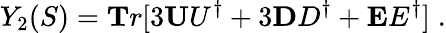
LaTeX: Y_{2}(S)={\mathbf Tr}[3{\mathbf UU^{\dagger}}+3{\mathbf DD^{\dagger}}+{\mathbf EE^{\dagger}}]\; .